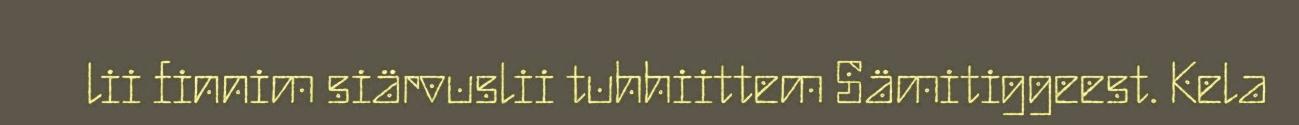
lii finnim siärvuslii tuhhiittem Sämitiggeest. Kela